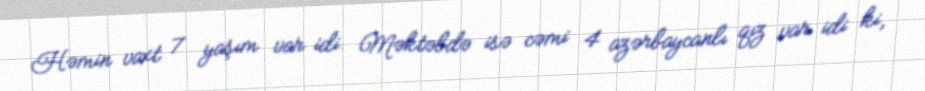
Həmin vaxt 7 yaşım var idi. Məktəbdə isə cəmi 4 azərbaycanlı qız var idi ki,